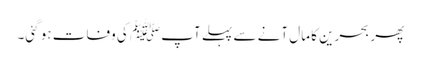
پھر بحرین کا مال آنے سے پہلے آپﷺ کی وفات ہو گئی۔